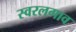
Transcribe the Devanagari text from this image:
स्वरलगाव